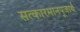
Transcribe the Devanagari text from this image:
सत्कारमानपूजार्थं